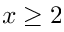
x \geq 2